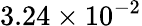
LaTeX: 3.24\times 10^{-2}